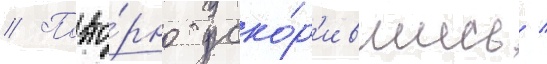
// Повто́рно уско́р'ившись /